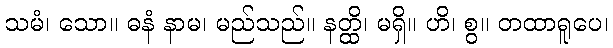
သမံ၊ သော။ ဓနံ နာမ၊ မည်သည်။ နတ္ထိ၊ မရှိ။ ဟိ၊ စွ။ တထာရူပေ၊